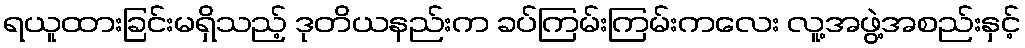
ရယူထားခြင်းမရှိသည့် ဒုတိယနည်းက ခပ်ကြမ်းကြမ်းကလေး လူ့အဖွဲ့အစည်းနှင့်